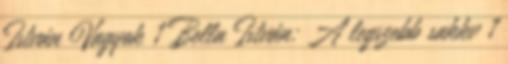
István Vagyok 1 Bella István: A legszebb sakkv 1